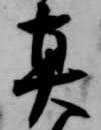
真